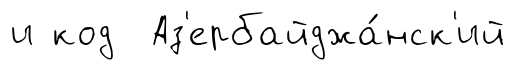
и код Аз'ербайджа́нск'ий